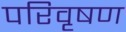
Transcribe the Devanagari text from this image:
परिवृषण